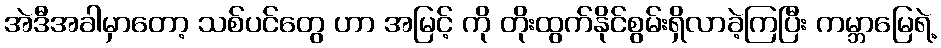
အဲဒီအခါမှာတော့ သစ်ပင်တွေ ဟာ အမြင့် ကို တိုးထွက်နိုင်စွမ်းရှိလာခဲ့ကြပြီး ကမ္ဘာမြေရဲ့